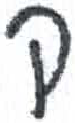
אות: ק